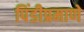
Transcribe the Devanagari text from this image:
पिंडीप्रमाणे